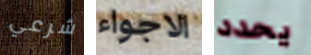
شرعي الاجواء يحدد